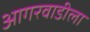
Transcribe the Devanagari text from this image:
आगरवाडीला